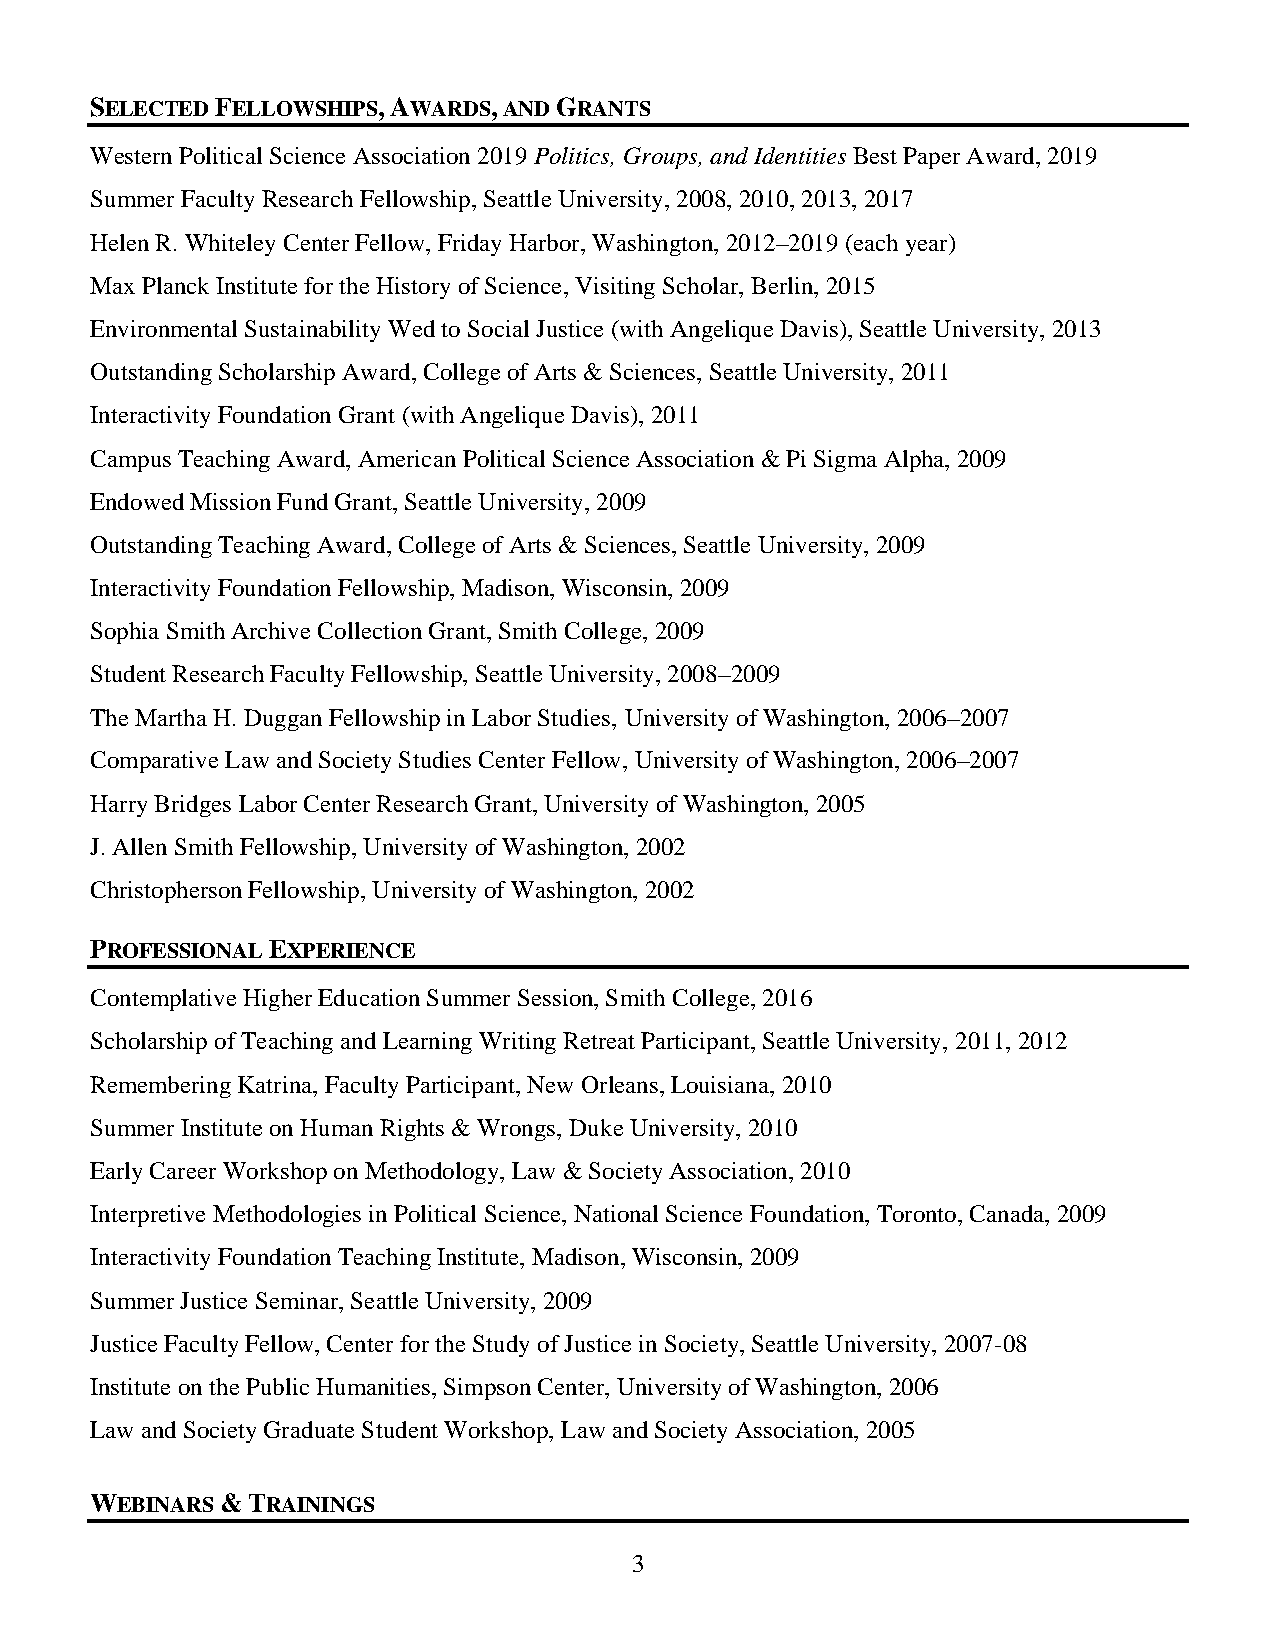
SELECTED FELLOWSHIPS, AWARDS, AND GRANTS
 Western Political Science Association 2019 Politics, Groups, and Identities Best Paper Award, 2019
 Summer Faculty Research Fellowship, Seattle University, 2008, 2010, 2013, 2017
 Helen R. Whiteley Center Fellow, Friday Harbor, Washington, 2012–2019 (each year)
 Max Planck Institute for the History of Science, Visiting Scholar, Berlin, 2015
 Environmental Sustainability Wed to Social Justice (with Angelique Davis), Seattle University, 2013
 Outstanding Scholarship Award, College of Arts & Sciences, Seattle University, 2011
 Interactivity Foundation Grant (with Angelique Davis), 2011
 Campus Teaching Award, American Political Science Association & Pi Sigma Alpha, 2009
 Endowed Mission Fund Grant, Seattle University, 2009
 Outstanding Teaching Award, College of Arts & Sciences, Seattle University, 2009
 Interactivity Foundation Fellowship, Madison, Wisconsin, 2009
 Sophia Smith Archive Collection Grant, Smith College, 2009
 Student Research Faculty Fellowship, Seattle University, 2008–2009
 The Martha H. Duggan Fellowship in Labor Studies, University of Washington, 2006–2007
 Comparative Law and Society Studies Center Fellow, University of Washington, 2006–2007
 Harry Bridges Labor Center Research Grant, University of Washington, 2005
 J. Allen Smith Fellowship, University of Washington, 2002
 Christopherson Fellowship, University of Washington, 2002
 PROFESSIONAL EXPERIENCE
 Contemplative Higher Education Summer Session, Smith College, 2016
 Scholarship of Teaching and Learning Writing Retreat Participant, Seattle University, 2011, 2012
 Remembering Katrina, Faculty Participant, New Orleans, Louisiana, 2010
 Summer Institute on Human Rights & Wrongs, Duke University, 2010
 Early Career Workshop on Methodology, Law & Society Association, 2010
 Interpretive Methodologies in Political Science, National Science Foundation, Toronto, Canada, 2009
 Interactivity Foundation Teaching Institute, Madison, Wisconsin, 2009
 Summer Justice Seminar, Seattle University, 2009
 Justice Faculty Fellow, Center for the Study of Justice in Society, Seattle University, 2007-08
 Institute on the Public Humanities, Simpson Center, University of Washington, 2006
 Law and Society Graduate Student Workshop, Law and Society Association, 2005
 WEBINARS & TRAININGS
 3